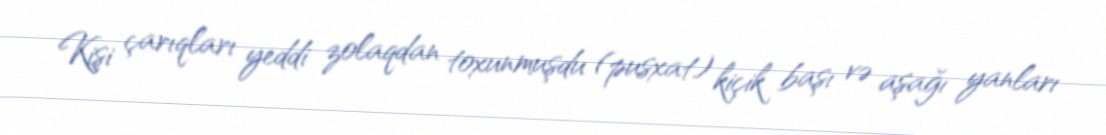
Kişi çarıqları yeddi zolaqdan toxunmuşdu (pusxat) kiçik başı və aşağı yanları